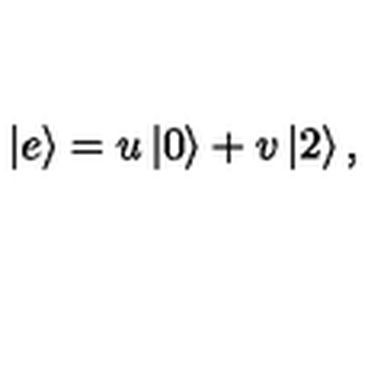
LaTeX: \left| e \right> = u \left| 0 \right> + v \left| 2 \right> ,